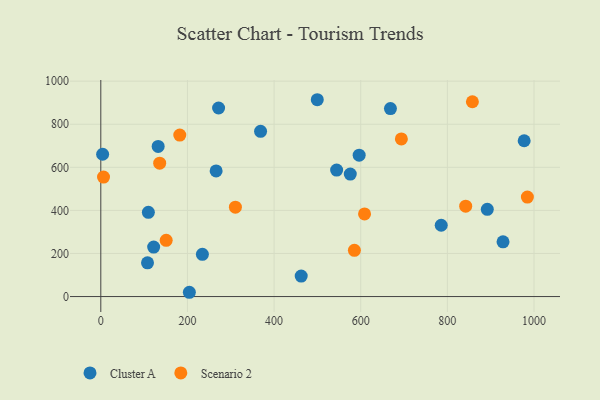
{"axis": {"x": "Speed", "y": "Exam Score"}, "legend": ["Cluster A", "Scenario 2"], "data": [{"x": "596.4", "y": 656.2, "type": "Cluster A"}, {"x": "668.6", "y": 872.9, "type": "Cluster A"}, {"x": "4.2", "y": 660.6, "type": "Cluster A"}, {"x": "785.8", "y": 331.1, "type": "Cluster A"}, {"x": "132.4", "y": 697.2, "type": "Cluster A"}, {"x": "234.5", "y": 196.0, "type": "Cluster A"}, {"x": "271.9", "y": 875.4, "type": "Cluster A"}, {"x": "462.6", "y": 95.1, "type": "Cluster A"}, {"x": "204.4", "y": 19.9, "type": "Cluster A"}, {"x": "109.8", "y": 391.1, "type": "Cluster A"}, {"x": "368.8", "y": 767.3, "type": "Cluster A"}, {"x": "977.3", "y": 723.3, "type": "Cluster A"}, {"x": "892.2", "y": 404.8, "type": "Cluster A"}, {"x": "266.2", "y": 583.2, "type": "Cluster A"}, {"x": "107.8", "y": 156.6, "type": "Cluster A"}, {"x": "575.9", "y": 568.5, "type": "Cluster A"}, {"x": "928.5", "y": 254.2, "type": "Cluster A"}, {"x": "499.7", "y": 913.8, "type": "Cluster A"}, {"x": "122.0", "y": 229.8, "type": "Cluster A"}, {"x": "544.4", "y": 587.3, "type": "Cluster A"}, {"x": "693.8", "y": 731.8, "type": "Scenario 2"}, {"x": "310.7", "y": 415.1, "type": "Scenario 2"}, {"x": "150.9", "y": 261.1, "type": "Scenario 2"}, {"x": "585.4", "y": 214.6, "type": "Scenario 2"}, {"x": "6.3", "y": 554.5, "type": "Scenario 2"}, {"x": "182.3", "y": 749.7, "type": "Scenario 2"}, {"x": "842.3", "y": 419.7, "type": "Scenario 2"}, {"x": "984.7", "y": 461.7, "type": "Scenario 2"}, {"x": "857.8", "y": 904.4, "type": "Scenario 2"}, {"x": "608.8", "y": 383.7, "type": "Scenario 2"}, {"x": "135.9", "y": 619.4, "type": "Scenario 2"}]}